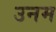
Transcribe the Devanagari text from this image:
उनम